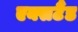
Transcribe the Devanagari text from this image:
एक्सटैंड